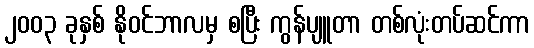
၂၀၀၃ ခုနှစ် နိုဝင်ဘာလမှ စပြီး ကွန်ပျူတာ တစ်လုံးတပ်ဆင်ကာ